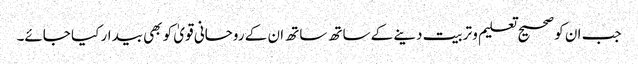
جب ان کو صحیح تعلیم و تربیت دینے کے ساتھ ساتھ ان کے روحانی قویٰ کو بھی بیدار کیا جائے۔